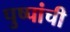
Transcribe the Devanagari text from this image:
पुष्पांची